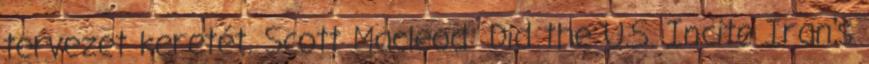
tervezet keretét. Scott Macleod: Did the U.S. Incite Iran's